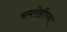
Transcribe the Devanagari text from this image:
अमरोहींच्या